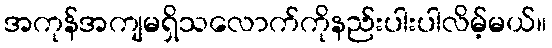
အကုန်အကျမရှိသလောက်ကိုနည်းပါးပါလိမ့်မယ်။